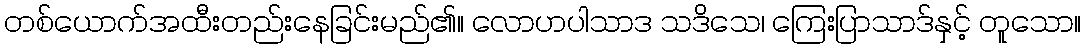
တစ်ယောက်အထီးတည်းနေခြင်းမည်၏။ လောဟပါသာဒ သဒိသေ၊ ကြေးပြာသာဒ်နှင့် တူသော။